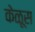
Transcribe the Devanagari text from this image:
केळूस